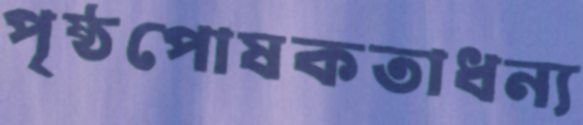
পৃষ্ঠপোষকতাধন্য